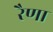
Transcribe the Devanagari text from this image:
रैणा